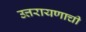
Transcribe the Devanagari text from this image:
उत्तरायणाची